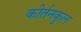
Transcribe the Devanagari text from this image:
कीर्तनकुल